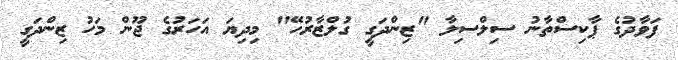
ފަވާދުގެ ޕާކިސްތާނު ސިލްސިލާ "ޒިންދަގީ ގުލްޒާރުހޭ" މިދިޔަ އަހަރުގެ ޖޫން މަހު ޒިންދަގީ